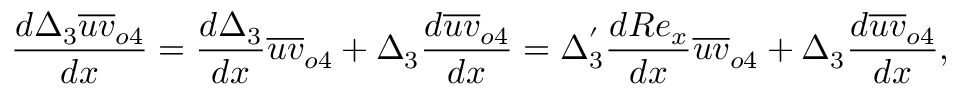
\frac { d \Delta _ { 3 } \overline { { u v } } _ { o 4 } } { d x } = \frac { d \Delta _ { 3 } } { d x } \overline { { u v } } _ { o 4 } + \Delta _ { 3 } \frac { d \overline { { u v } } _ { o 4 } } { d x } = \Delta _ { 3 } ^ { ' } \frac { d R e _ { x } } { d x } \overline { { u v } } _ { o 4 } + \Delta _ { 3 } \frac { d \overline { { u v } } _ { o 4 } } { d x } ,